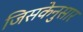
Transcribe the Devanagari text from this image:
जिसकेनुसार